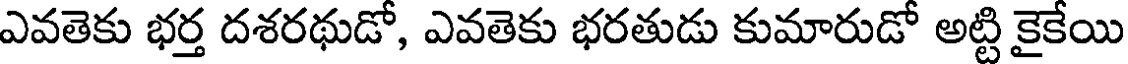
ఎవతెకు భర్త దశరథుడో, ఎవతెకు భరతుడు కుమారుడో అట్టి కైకేయి